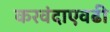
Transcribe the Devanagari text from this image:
करवंदाएवढी